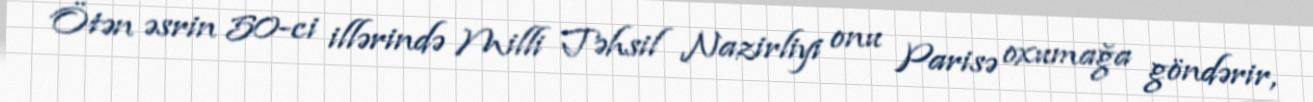
Ötən əsrin 50-ci illərində Milli Təhsil Nazirliyi onu Parisə oxumağa göndərir,